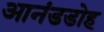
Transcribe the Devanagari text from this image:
आनंडडोह